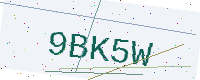
Text: 9BK5W